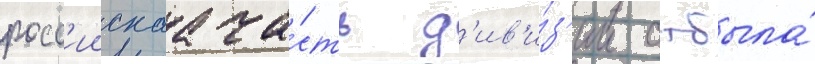
росс'иискаа ча́сть д'ив'и́з'ии отбыла́